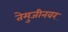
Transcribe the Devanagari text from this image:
तेमुजीनवर